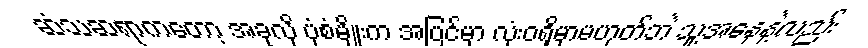
ဆံသဆရာကတော့ အခုလို ပုံစံမျိုးက အပြင်မှာ လုံးဝရှိမှာမဟုတ်ဘဲ သူ့အနေနဲ့လည်း